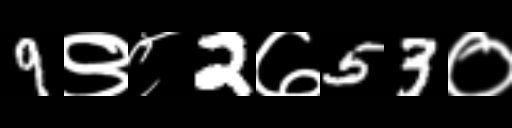
Text: 9९८2७53०